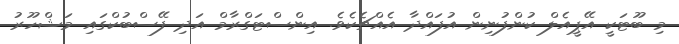
މި ބޫޓަކީ އޭޕީއެލް ކުންފުނިން އުފައްދާ އެއްޗެކެވެ. އިންސްޓަގްރާމް އަދި ފޭސްބުކްގައި މަޝްހޫރު